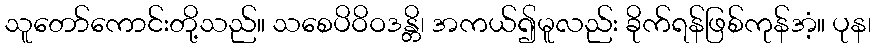
သူတော်ကောင်းတို့သည်။ သစေပိဝိဝဒန္တိ၊ အကယ်၍မူလည်း ခိုက်ရန်ဖြစ်ကုန်အံ့။ ပုန၊